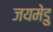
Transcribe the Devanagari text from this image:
जयमेडु